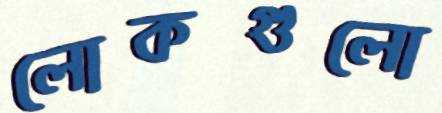
লোকগুলো